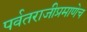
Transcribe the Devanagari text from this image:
पर्वतराजीप्रमाणेच